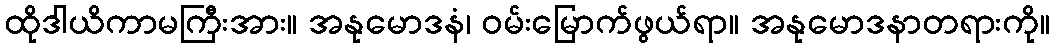
ထိုဒါယိကာမကြီးအား။ အနုမောဒနံ၊ ဝမ်းမြောက်ဖွယ်ရာ။ အနုမောဒနာတရားကို။